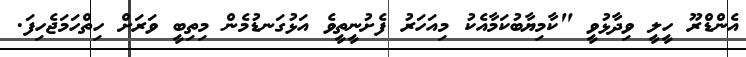
އެންޑްރޫ ހީލީ ވިދާޅުވީ "ކާމިޔާބުކަމާއެކު މިއަހަރު ފެށުނީތީވެ އަޅުގަނޑުމެން މިތިބީ ވަރަށް ހިތްހަމަޖެހިފަ.